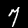
Digit: 7